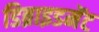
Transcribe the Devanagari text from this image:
डिब्राइडमेंट